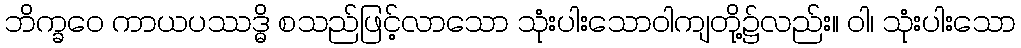
ဘိက္ခဝေ ကာယပဿဒ္ဓိ စသည်ဖြင့်လာသော သုံးပါးသောဝါကျတို့၌လည်း။ ဝါ၊ သုံးပါးသော